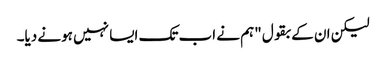
لیکن ان کے بقول "ہم نے اب تک ایسا نہیں ہونے دیا۔